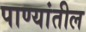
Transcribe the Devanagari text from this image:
पाण्यांतील